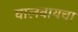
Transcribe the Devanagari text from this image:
घालवायचा